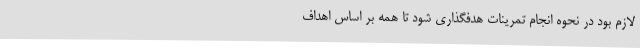
لازم بود در نحوه انجام تمرینات هدفگذاری شود تا همه بر اساس اهداف